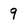
Character: 9